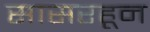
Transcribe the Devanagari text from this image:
सासरहून